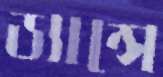
ড্যান্সে